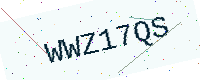
Text: WWZ17QS